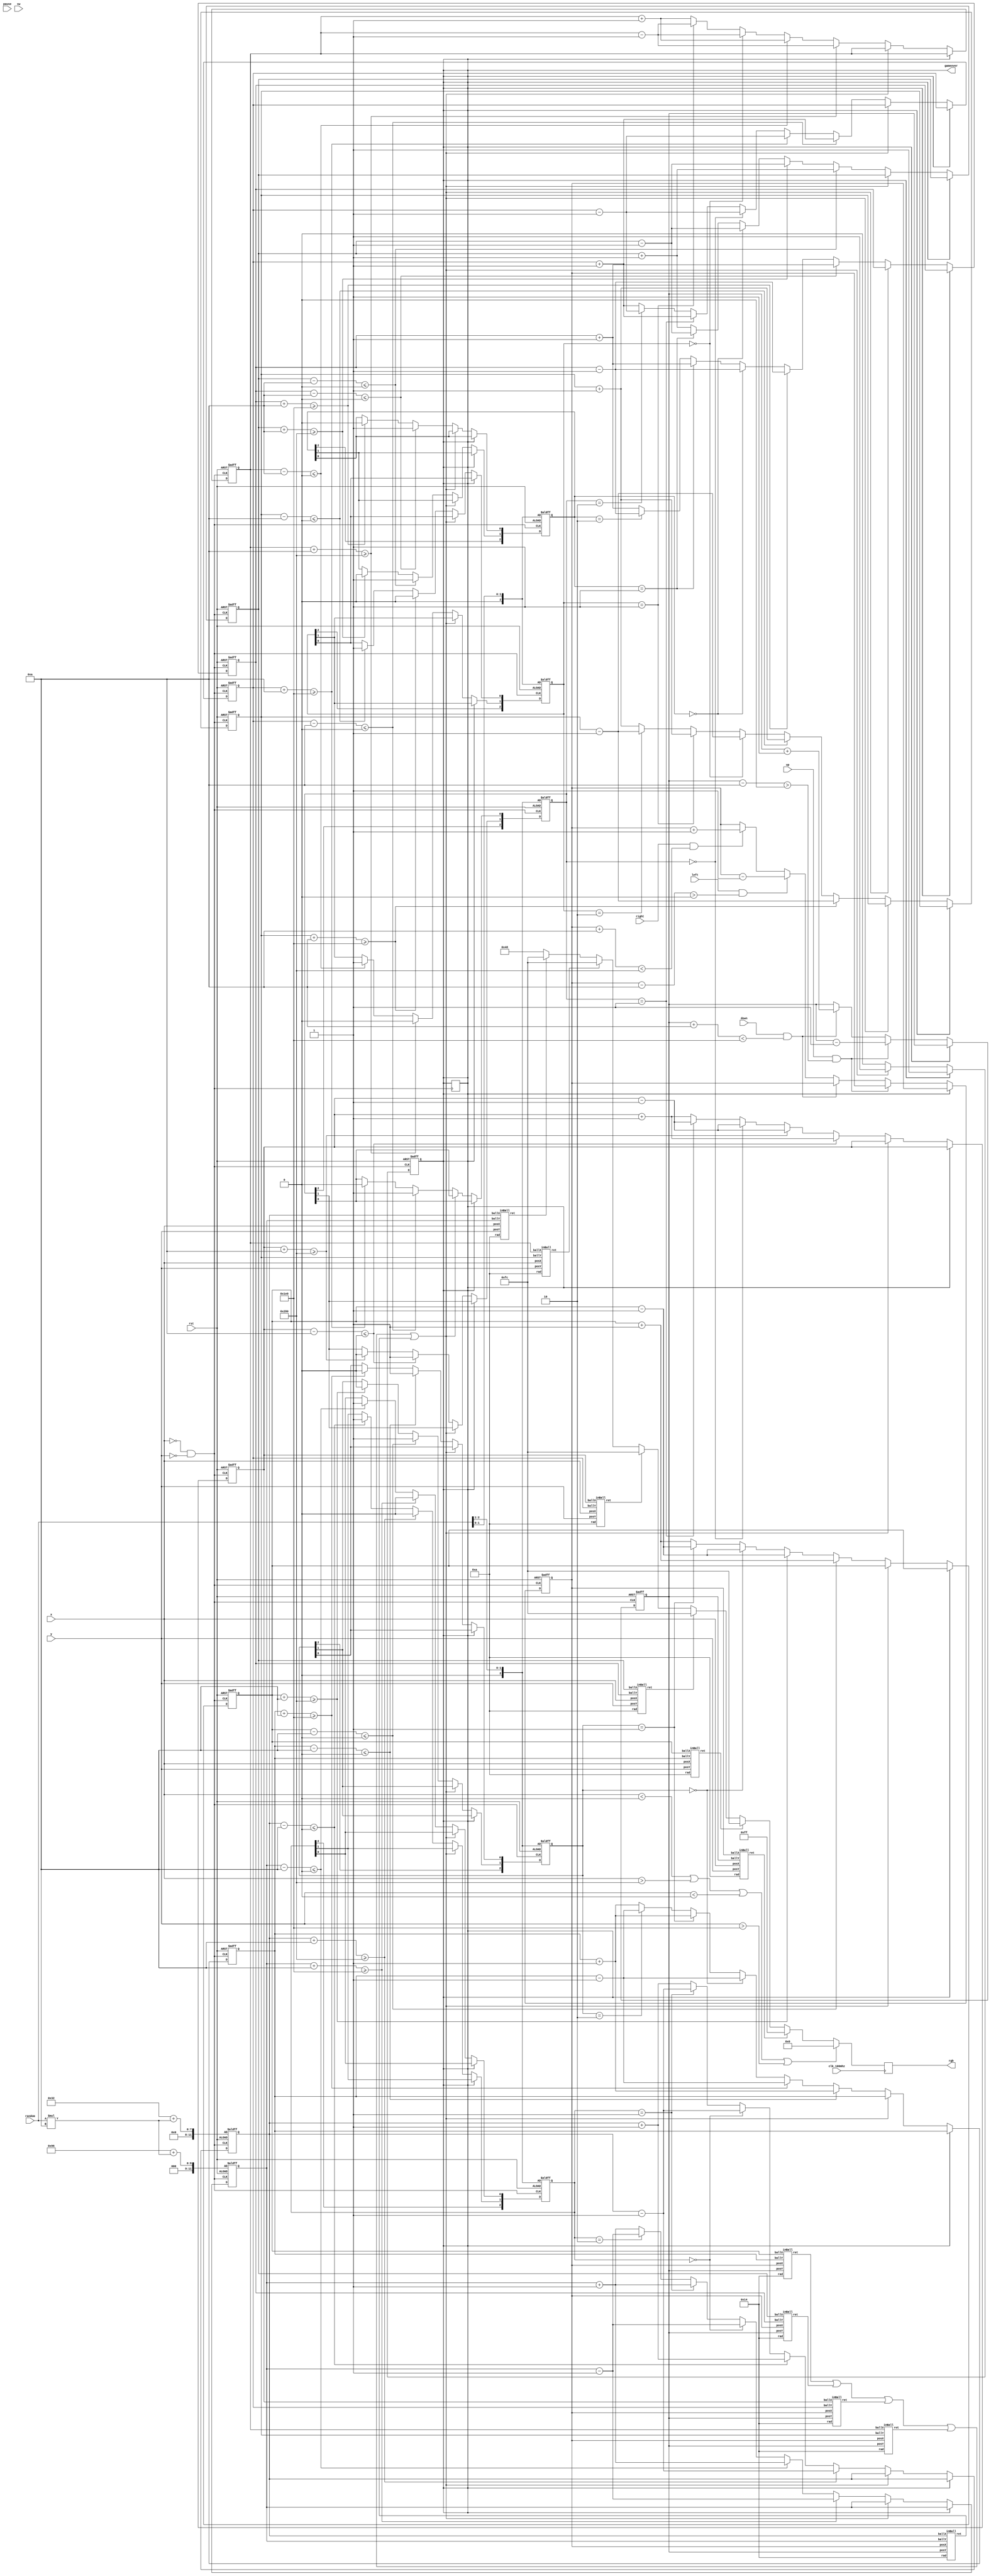
`define bound_up 0
`define bound_down 480
`define bound_left 0
`define bound_right 640

module graphic(clk_100mhz, rst, pause, sw, up, down, left, right, x, y, rgb, random, gameover);
	input clk_100mhz, rst, pause, up, down, left, right;
	input [11:0] x, y;
	input [2:0] sw, random;
	output reg [7:0] rgb;
	output reg gameover;
	
	parameter player_color			= 8'b11111111;
	parameter background_color		= 8'b01001000;
	parameter null_color				= 8'b00000000;
	parameter ball_color				= 8'b11111100;
	
	parameter player_r		= 12'd10;
	parameter ball_r			= 12'd10;
	parameter collision_r   = 12'd20;
	
	parameter center_x 		= 12'd320;
	parameter center_y 		= 12'd240;
	parameter bound_up 		= 12'd0;
	parameter bound_down 	= 12'd480;
	parameter bound_left 	= 12'd0;
	parameter bound_right 	= 12'd640;
	
	reg [11:0] player_x, player_y;
	reg [11:0] ball1_x, ball1_y;
	reg [11:0] ball2_x, ball2_y;
	reg [11:0] ball3_x, ball3_y;
	reg [11:0] ball4_x, ball4_y;
	reg [11:0] ball5_x, ball5_y;
	
	reg [2:0] dir1, dir2, dir3, dir4, dir5;
	
	
	reg [2:0] new_dir1, new_dir2, new_dir3, new_dir4, new_dir5;
	
	wire [5:1] collision_ret;
	
	inBall collision1(.ballX(ball1_x), .ballY(ball1_y), .posX(player_x), .posY(player_y), .rad(collision_r), .ret(collision_ret[1]));
	inBall collision2(.ballX(ball2_x), .ballY(ball2_y), .posX(player_x), .posY(player_y), .rad(collision_r), .ret(collision_ret[2]));
	inBall collision3(.ballX(ball3_x), .ballY(ball3_y), .posX(player_x), .posY(player_y), .rad(collision_r), .ret(collision_ret[3]));
	inBall collision4(.ballX(ball4_x), .ballY(ball4_y), .posX(player_x), .posY(player_y), .rad(collision_r), .ret(collision_ret[4]));
	inBall collision5(.ballX(ball5_x), .ballY(ball5_y), .posX(player_x), .posY(player_y), .rad(collision_r), .ret(collision_ret[5]));

	wire collision_happened;
	
	assign collision_happened = collision_ret[1] || collision_ret[2] || collision_ret[3] || collision_ret[4] || collision_ret[5];
	
	
	wire clk = (x == 11'd0 && y == 11'd0);
	
	always @ (posedge clk or posedge rst)
	begin
		if (rst)
		begin
			player_x <= center_x;
			player_y <= center_y;
		end
		else if (gameover)
			gameover <= gameover;
		else if (up && (player_y - player_r > bound_up))
			player_y <= player_y - 1'd1;
		else if (down && (player_y + player_r < bound_down))
			player_y <= player_y + 1'd1;
		else if (left && (player_x - player_r > bound_left))
			player_x <= player_x - 1'd1;
		else if (right && (player_x + player_r < bound_right))
			player_x <= player_x + 1'd1;
	end
	
	
	always @ (posedge clk or posedge rst)
	begin
		if (rst)
		begin
			ball1_x <= 12'd50;
			ball2_x <= 12'd50;
			ball3_x <= 12'd590;
			ball4_x <= 12'd590;
			ball5_x <= 12'd50 + random*10;
			ball1_y <= 12'd30;
			ball2_y <= 12'd450;
			ball3_y <= 12'd30;
			ball4_y <= 12'd450;
			ball5_y <= 12'd150 + random*10;
			dir1 <= random[2:1];
			dir2 <= random[1:0];
			dir3 <= random[2:1];
			dir4 <= random[1:0];
			dir5 <= random[2:1];
			gameover <= 0;
		end
		else if (gameover)
			gameover <= gameover;
		else if (collision_happened)
		begin
			gameover <= 1;
		end
		else
		begin
			// Ball 1
			if (dir1 == 2'b00) //left-up
			begin
				ball1_x <= ball1_x - 1;
				ball1_y <= ball1_y - 1;
			end
			else if (dir1 == 2'b01) //left-down
			begin
				ball1_x <= ball1_x - 1;
				ball1_y <= ball1_y + 1;
			end
			else if (dir1 == 2'b10) //right-up
			begin
				ball1_x <= ball1_x + 1;
				ball1_y <= ball1_y - 1;
			end 
			else //dir == 11, right-down
			begin
				ball1_x <= ball1_x + 1;
				ball1_y <= ball1_y + 1;
			end
			
			if(ball1_y - ball_r <= bound_up)
			begin
				dir1[0] <= 1;
				ball1_y <= ball1_y + 1;
			end
			else if(ball1_y + ball_r >= bound_down)
			begin
				dir1[0] <= 0;
				ball1_y <= ball1_y - 1;
			end
			else
				dir1[0] <= dir1[0];
			
			if (ball1_x - ball_r <= bound_left)
			begin
				dir1[1] <= 1;
				ball1_x <= ball1_x + 1;
			end
			else if(ball1_x + ball_r >= bound_right)
			begin
				dir1[1] <= 0;
				ball1_x <= ball1_x - 1;
			end
			else
				dir1[1] <= dir1[1];
			
			// Ball 2
			if (dir2 == 2'b00) //left-up
			begin
				ball2_x <= ball2_x - 1;
				ball2_y <= ball2_y - 1;
			end
			else if (dir2 == 2'b01) //left-down
			begin
				ball2_x <= ball2_x - 1;
				ball2_y <= ball2_y + 1;
			end
			else if (dir2 == 2'b10) //right-up
			begin
				ball2_x <= ball2_x + 1;
				ball2_y <= ball2_y - 1;
			end 
			else //dir == 11, right-down
			begin
				ball2_x <= ball2_x + 1;
				ball2_y <= ball2_y + 1;
			end
			
			if(ball2_y - ball_r <= bound_up)
			begin
				dir2[0] <= 1;
				ball2_y <= ball2_y + 1;
			end
			else if(ball2_y + ball_r >= bound_down)
			begin
				dir2[0] <= 0;
				ball2_y <= ball2_y - 1;
			end
			else
				dir2[0] <= dir2[0];
			
			if (ball2_x - ball_r <= bound_left)
			begin
				dir2[1] <= 1;
				ball2_x <= ball2_x + 1;
			end
			else if(ball2_x + ball_r >= bound_right)
			begin
				dir2[1] <= 0;
				ball2_x <= ball2_x - 1;
			end
			else
				dir2[1] <= dir2[1];
				
				
			// Ball 3
			if (dir3 == 2'b00) //left-up
			begin
				ball3_x <= ball3_x - 1;
				ball3_y <= ball3_y - 1;
			end
			else if (dir3 == 2'b01) //left-down
			begin
				ball3_x <= ball3_x - 1;
				ball3_y <= ball3_y + 1;
			end
			else if (dir3 == 2'b10) //right-up
			begin
				ball3_x <= ball3_x + 1;
				ball3_y <= ball3_y - 1;
			end 
			else //dir == 11, right-down
			begin
				ball3_x <= ball3_x + 1;
				ball3_y <= ball3_y + 1;
			end
			
			if(ball3_y - ball_r <= bound_up)
			begin
				dir3[0] <= 1;
				ball3_y <= ball3_y + 1;
			end
			else if(ball3_y + ball_r >= bound_down)
			begin
				dir3[0] <= 0;
				ball3_y <= ball3_y - 1;
			end
			else
				dir3[0] <= dir3[0];
			
			if (ball3_x - ball_r <= bound_left)
			begin
				dir3[1] <= 1;
				ball3_x <= ball3_x + 1;
			end
			else if(ball3_x + ball_r >= bound_right)
			begin
				dir3[1] <= 0;
				ball3_x <= ball3_x - 1;
			end
			else
				dir3[1] <= dir3[1];
			
			
			// Ball 4
			if (dir4 == 2'b00) //left-up
			begin
				ball4_x <= ball4_x - 1;
				ball4_y <= ball4_y - 1;
			end
			else if (dir4 == 2'b01) //left-down
			begin
				ball4_x <= ball4_x - 1;
				ball4_y <= ball4_y + 1;
			end
			else if (dir4 == 2'b10) //right-up
			begin
				ball4_x <= ball4_x + 1;
				ball4_y <= ball4_y - 1;
			end 
			else //dir == 11, right-down
			begin
				ball4_x <= ball4_x + 1;
				ball4_y <= ball4_y + 1;
			end
			
			if(ball4_y - ball_r <= bound_up)
			begin
				dir4[0] <= 1;
				ball4_y <= ball4_y + 1;
			end
			
			if(ball4_y + ball_r >= bound_down)
			begin
				dir4[0] <= 0;
				ball4_y <= ball4_y - 1;
			end
			
			if (ball4_x - ball_r <= bound_left)
			begin
				dir4[1] <= 1;
				ball4_x <= ball4_x + 1;
			end
			
			if(ball4_x + ball_r >= bound_right)
			begin
				dir4[1] <= 0;
				ball4_x <= ball4_x - 1;
			end

			
			// Ball 5
			if (dir5 == 2'b00) //left-up
			begin
				ball5_x <= ball5_x - 1;
				ball5_y <= ball5_y - 1;
			end
			else if (dir5 == 2'b01) //left-down
			begin
				ball5_x <= ball5_x - 1;
				ball5_y <= ball5_y + 1;
			end
			else if (dir5 == 2'b10) //right-up
			begin
				ball5_x <= ball5_x + 1;
				ball5_y <= ball5_y - 1;
			end 
			else //dir == 11, right-down
			begin
				ball5_x <= ball5_x + 1;
				ball5_y <= ball5_y + 1;
			end
			
			if(ball5_y - ball_r <= bound_up)
			begin
				dir5[0] <= 1;
				ball5_y <= ball5_y + 1;
			end
			
			if(ball5_y + ball_r >= bound_down)
			begin
				dir5[0] <= 0;
				ball5_y <= ball5_y - 1;
			end
			
			if (ball5_x - ball_r <= bound_left)
			begin
				dir5[1] <= 1;
				ball5_x <= ball5_x + 1;
			end
			
			if(ball5_x + ball_r >= bound_right)
			begin
				dir5[1] <= 0;
				ball5_x <= ball5_x - 1;
			end
				
		end
	end
	
	wire inPlayer;
	wire [5:1] inBall;
	inBall player(.ballX(player_x), .ballY(player_y), .posX(x), .posY(y), .rad(player_r), .ret(inPlayer));	
	inBall ball1(.ballX(ball1_x), .ballY(ball1_y), .posX(x), .posY(y), .rad(ball_r), .ret(inBall[1]));
	inBall ball2(.ballX(ball2_x), .ballY(ball2_y), .posX(x), .posY(y), .rad(ball_r), .ret(inBall[2]));
	inBall ball3(.ballX(ball3_x), .ballY(ball3_y), .posX(x), .posY(y), .rad(ball_r), .ret(inBall[3]));
	inBall ball4(.ballX(ball4_x), .ballY(ball4_y), .posX(x), .posY(y), .rad(ball_r), .ret(inBall[4]));
	inBall ball5(.ballX(ball5_x), .ballY(ball5_y), .posX(x), .posY(y), .rad(ball_r), .ret(inBall[5]));
	
	always @ (posedge clk_100mhz)
	begin
		if (x < 0 || x > 640 || y < 0 || y > 480)
			rgb <= null_color;
		else
		begin
			if (inPlayer)
				rgb <= player_color;
			else if (inBall[1])
				rgb <= ball_color;
			else if (inBall[2])
				rgb <= ball_color;
			else if (inBall[3])
				rgb <= ball_color;
			else if (inBall[4])
				rgb <= ball_color;
			else if (inBall[5])
				rgb <= ball_color;
			else
				rgb <= background_color;
		end
	end
	
endmodule


module inBall( ballX, ballY, posX, posY, rad, ret );
	input [11:0] ballX, ballY, posX, posY;
	input [11:0] rad;
	output reg ret;
	reg [11:0] x, y;

	
	always @ (*)
	begin
		x <= (posX > ballX)? (posX-ballX) : (ballX-posX);
		y <= (posY > ballY)? (posY-ballY) : (ballY-posY);
		if ((x*x + y*y <= rad*rad) && (posX > ballX - rad) && (posX < ballX + rad) && (posY > ballY - rad) && (posY < ballY + rad))
			ret <= 1;
		else
			ret <= 0;
	end
endmodule